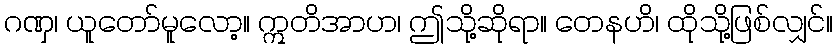
ဂဏှ၊ ယူတော်မူလော့။ ဣတိအာဟ၊ ဤသို့ဆိုရာ။ တေနဟိ၊ ထိုသို့ဖြစ်လျှင်။